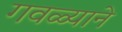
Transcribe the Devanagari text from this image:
गवळ्याने